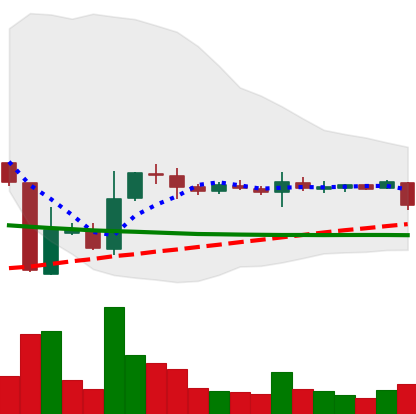
Ticker: XRP-USD
Chart end date: 2018-10-29
Forward return: 3.206%
Label: up_3_5